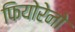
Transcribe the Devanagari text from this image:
फियोरेनो